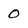
Character: 0